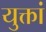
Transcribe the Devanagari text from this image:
युक्तां